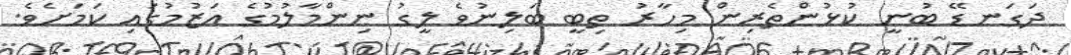
ދަގަނޑޭ ބުނީ ކުޅުންތެރިން މިހާރު ތިބީ ބަލިނުވެ ލީގު ނިންމާލުމުގެ އަޒުމުގައި ކަމަށެވެ.